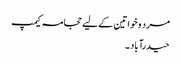
مرد و خواتین کے لیے حجامہ کیمپ
حیدرآباد ۔